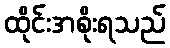
ထိုင်းအစိုးရသည်